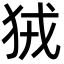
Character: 狨